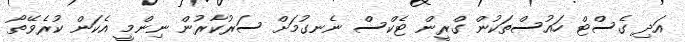
އަދި ގެސްޓް ހައުސްތަކުން ގްރީން ޓެކްސް ނެނގުމަށް ސަރުކާރުން ނިންމީ އެކަން ކުރެވޭތޯ